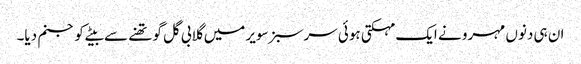
ان ہی دنوں مہرو نے ایک مہکتی ہوئی سر سبز سویر میں گلابی گل گو تھنے سے بیٹے کو جنم دیا۔